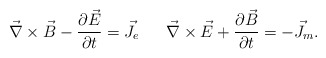
\begin{align*}\vec \nabla \times \vec B- {\partial \vec E \over \partial t} = \vec J_e~~~~~\vec \nabla \times \vec E+ {\partial \vec B \over \partial t} = -\vec J_m.\end{align*}